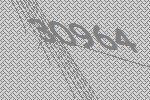
30964